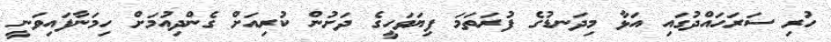
ހުރި ސަރަހައްދުގައި އަޅާ މިދަނޑުގެ ފުރަތަމަ ފިޔަވަހީގެ ދަށުން ކުރިއަށް ގެންދިއުމަށް ހިމަނާފައިވަނީ